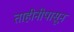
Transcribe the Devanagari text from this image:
ताहीनीपासून